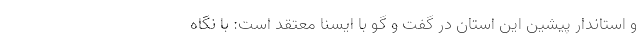
و استاندار پیشین این استان در گفت و گو با ایسنا معتقد است: با نگاه